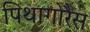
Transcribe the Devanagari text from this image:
पिथागोरैस